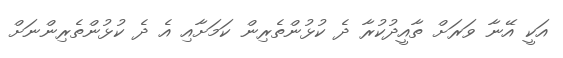
އަކީ އޭނާ ވަރަށް ތާއީދުކުރާ ދެ ކުޅުންތެރިން ކަމަށާއި އެ ދެ ކުޅުންތެރިންނަށް